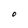
Character: O